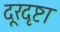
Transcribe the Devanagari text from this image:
दूरदृष्टा